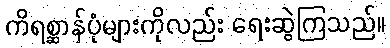
ကိရစ္ဆာန်ပုံများကိုလည်း ရေးဆွဲကြသည်။